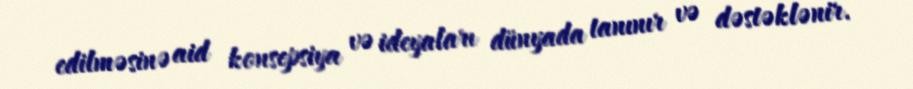
edilməsinə aid konsepsiya və ideyaları dünyada tanınır və dəstəklənir.